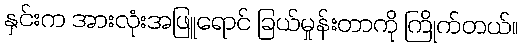
နှင်းက အားလုံးအဖြူရောင် ခြယ်မှုန်းတာကို ကြိုက်တယ်။